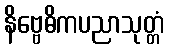
နိဗ္ဗေဓိကပညာသုတ္တံ